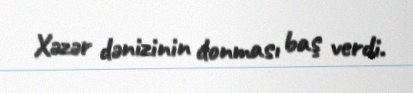
Xəzər dənizinin donması baş verdi.